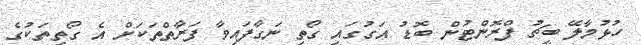
ހުޅުމާލޭ ބީޗު ފްރޮންޓުން ބޮޑު އަގުގައި ގޯތި ނަގާފައިވާ ފަރާތްތަކަށް އެ ގޯތިތަކުގެ